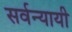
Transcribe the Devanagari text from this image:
सर्वन्यायी